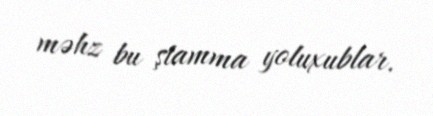
məhz bu ştamma yoluxublar.